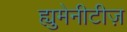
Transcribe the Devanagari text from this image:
ह्युमेनीटीज़